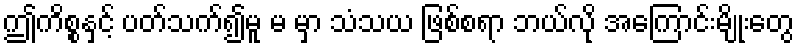
ဤကိစ္စနှင့် ပတ်သက်၍မူ မ မှာ သံသယ ဖြစ်စရာ ဘယ်လို အကြောင်းမျိုးတွေ